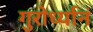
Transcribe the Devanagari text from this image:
गुरोर्ध्यानं